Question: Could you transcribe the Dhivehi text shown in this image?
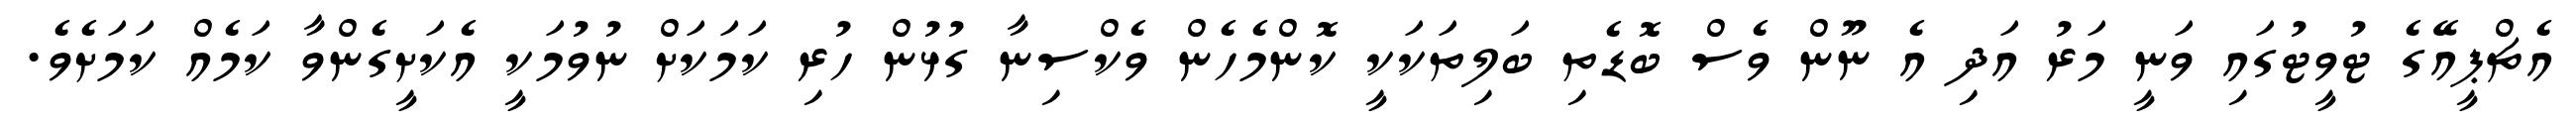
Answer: އެޗްޕީއޭގެ ޓުވީޓުގައި ވަނީ މަރު އަދި އެ ނޫން ވެސް ބޮޑެތި ބަލިތަކަކީ ކޮންމެހެން ވެކްސިނާ ގުޅުން ހުރި ކަމަކަށް ނުވުމަކީ އެކަށީގެންވާ ކަމެއް ކަމަށެވެ.